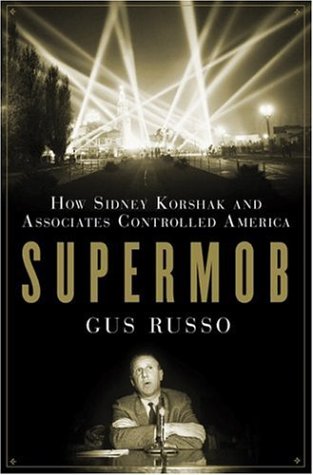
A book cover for Supermob: How Sidney Korshak and His Criminal Associates Became America's Hidden Power Brokers; Gus Russo; Law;